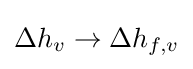
\Delta h_{v}\rightarrow \Delta h_{f,v}